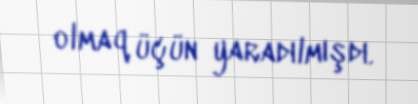
olmaq üçün yaradılmışdı.